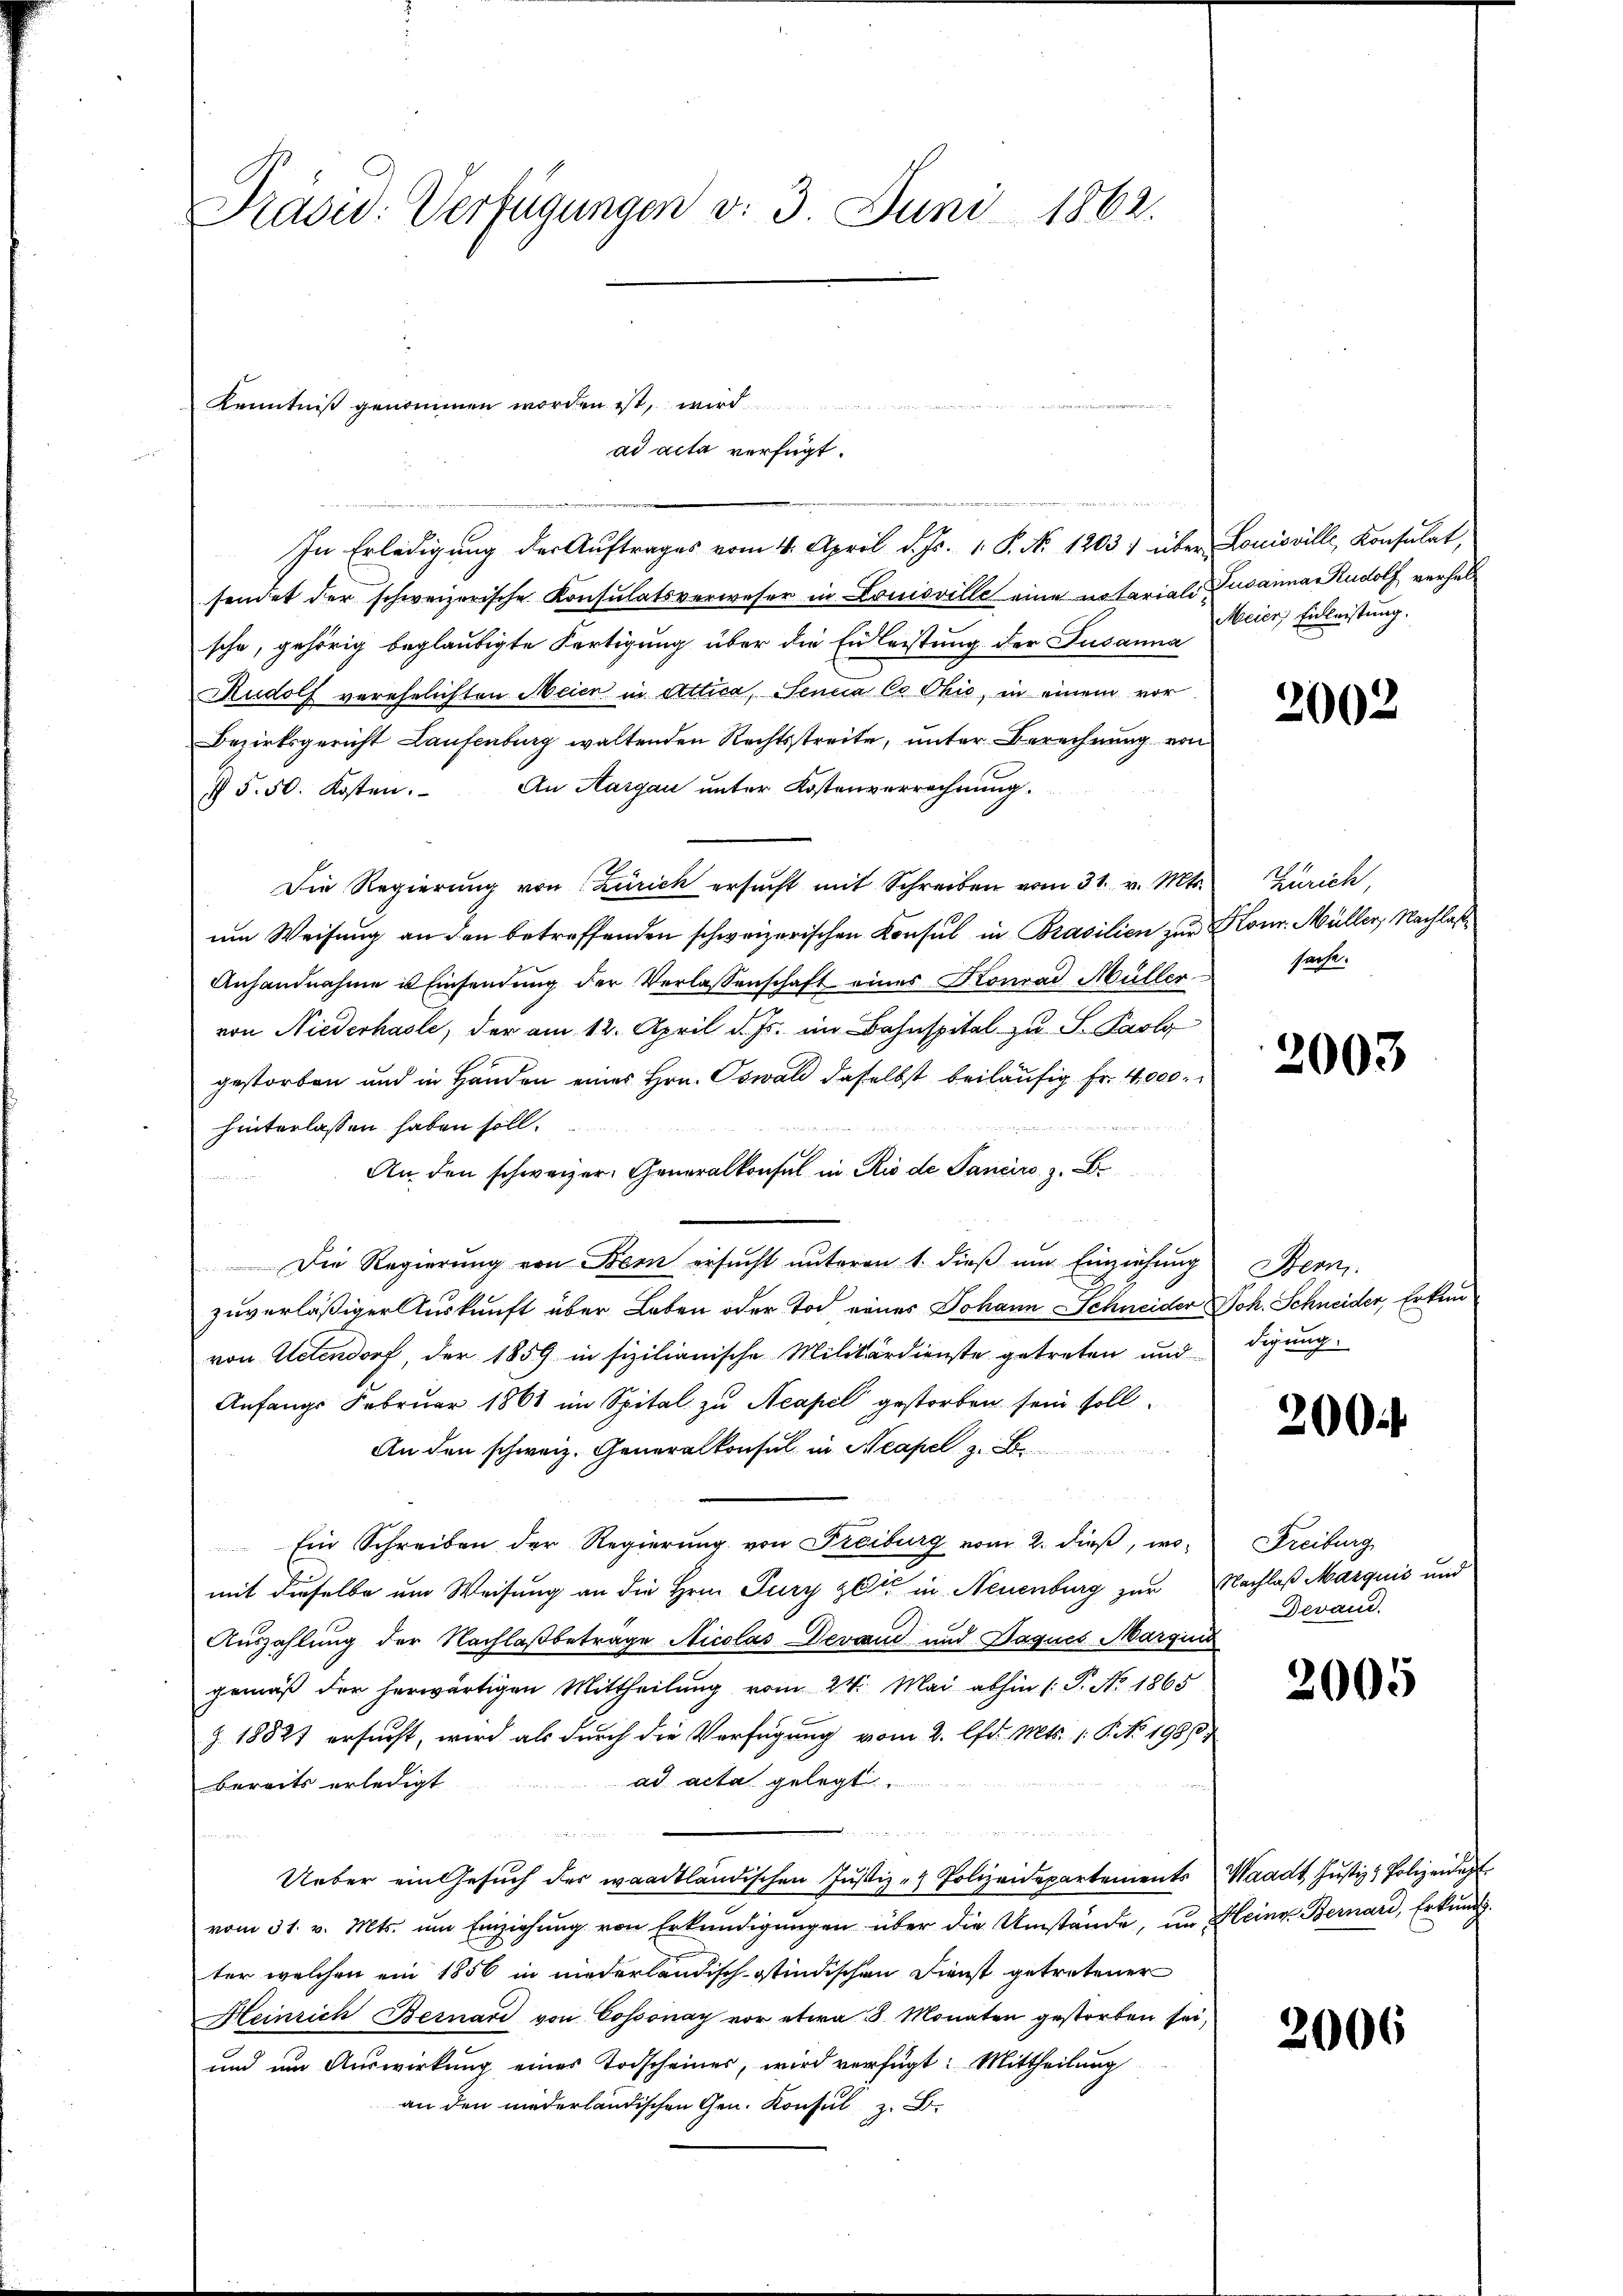
Prasw: Verfügungen v. 3. Juni 1862.

Kenntniß genommen worden ist, wird
ad acta verfügt:

In Erledigung der Auftrages vom 4. April d. Js. 1. P. Nr. 1203) über
sendet der schweizerische Konsulatsverweser in Louisville eine notarialische, gehörig beglaubigte Fertigung über die Einleistung der Susanna
Rudolf verehelichten Meien in Attica, Sencia Co Ohio, in einem vor
Bezirksgericht Laufenburg waltenden Rechtsstreite, unter Berechnung von
§ 5. 50. Kosten. An Aargau unter Kostenverrechnŭng.
Die Regierŭng von Zürich ersŭcht mit Schreiben vom 31. v. Mts.
um Weisung an den betreffenden schweizerischen Konsul in Brasilien zur
Anhandnahme in Einsendung der Verlassenschaft eines Konrad Müller
von Niederhasle, der am 12. April d. Js. im Bahnspital zu S. Paolg
gestorben und in Handen eines Hrn. Oswald daselbst beiläufig Fr. 4000.
hinterlassen haben soll.

An den schweizer. Generalkonsul in Rio de Sancirs, z. B.
Die Regierŭng von Bern ersŭcht ŭnteren 1. dieβ ŭm Einziehŭng Bern
zuverläßiger Auskunft über Leben oder Tod eines Johann Schneider Joh. Schneider, Erken
von Uetendorf, der 1859 in sizilianische Militärdienste getreten und digung
Anfangs Februar 1861 im Spital zu Neapel gestorben sein soll
An den schweiz. Generalkonsul in Neapel z. B.
Ein Schreiben der Regierung von Freiburg vom 2. dieß, womit dieselbe um Weisung an die Hrn. Jury zette in Neuenburg zur
Auszahlung der Nachlaßbetrage Nicolas Verwand und Daques Margin
gemäß der herwärtigen Mittheilung vom 24. Mai abhin (: P. No 1865
Z. 18827 ersucht, wird als durch die Verfügung vom 2. lfd. Mts. 1. P. No. 19860,
ad acta gelegt.
bereits erledigt
e
¬
Ueber ein Gesuch des waadtländischen Justiz - Polizeidepartements
vom 31. v. Mts. um Einziehung von Erkundigungen über die Umstände, unter welchen ein 1856 in niederländisch-Ostindischen Dienst getretener
Heinrich Bernard von Cossonay vor etwa 3. Monaten gestorben sei,
und um Auswirkung eines Todscheines, wird verfügt: Mittheilung
an den niederländischen Gen. Konsul z. B.

Louisville, Konsulat,
Susanna Rudolf verheb
Meier Einleistung.

2002

Zürich,
Hour. Müller, Nachlass
Pat

2003

200

Freiburg
Nachlaß Marquić und
Devand.

2005

Waadt Justiz & Polizeidig
Heinr. Bernard, Erkund

2006